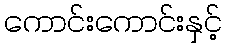
ကောင်းကောင်းနှင့်